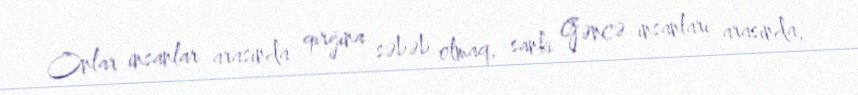
Onlar insanlar arasında qırğına səbəb olmaq, sanki Gəncə insanları arasında,